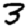
Digit: 3